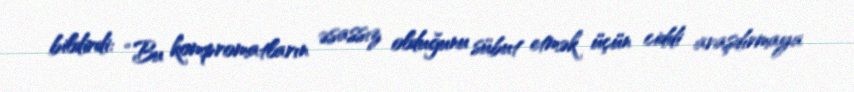
bildirdi: “Bu kompromatların əsassız olduğunu sübut etmək üçün ciddi araşdırmaya